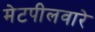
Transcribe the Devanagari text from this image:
मेटपीलवारे